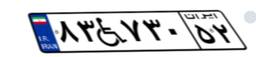
۸۳W۷۳۰۵۲